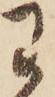
わ